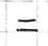
=